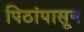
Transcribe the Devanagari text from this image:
पिठांपासून